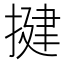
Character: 揵